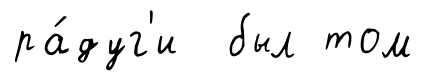
ра́дуг'и был том